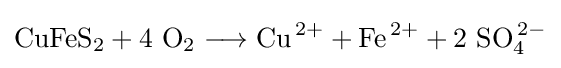
\mathrm {CuFeS_{2}+4\ O_{2}\longrightarrow Cu^{\,2+}+Fe^{\,2+}+2\ SO_{4}^{\,2-}}